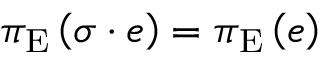
\pi _ { \mathrm { E } } \left( \sigma \cdot e \right) = \pi _ { \mathrm { E } } \left( e \right)